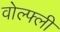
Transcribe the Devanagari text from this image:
वोल्फ्ली